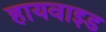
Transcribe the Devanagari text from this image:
हायवाइड